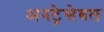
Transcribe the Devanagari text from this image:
अनट्रेसेबल